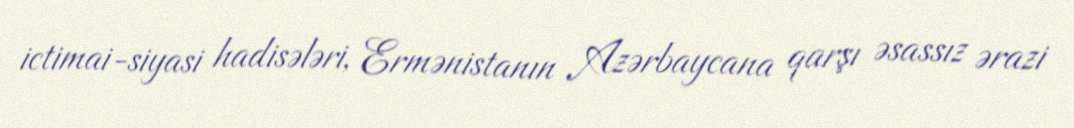
ictimai-siyasi hadisələri, Ermənistanın Azərbaycana qarşı əsassız ərazi